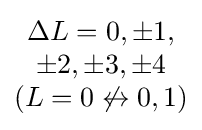
{\begin{matrix}\Delta L=0,\pm 1,\\\pm 2,\pm 3,\pm 4\\(L=0\not \leftrightarrow 0,1)\end{matrix}}